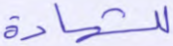
للشهادة